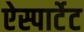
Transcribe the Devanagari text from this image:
ऐस्पार्टेट